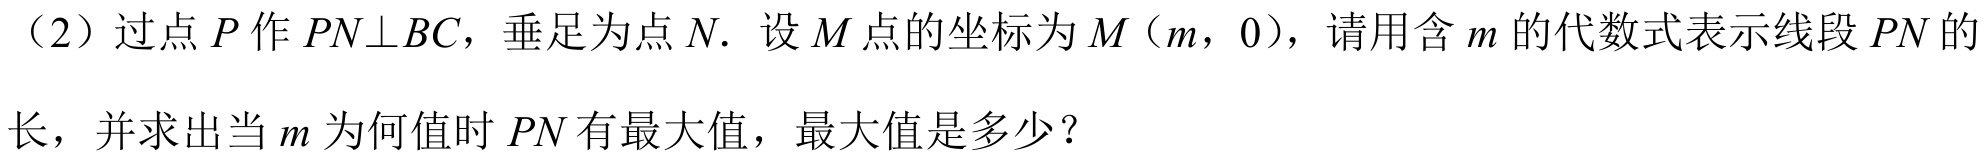
（2）过点\(P\)作\(PN\perp BC\)，垂足为点\(N\). 设\(M\)点的坐标为\(M(m,0)\)，请用含\(m\)的代数式表示线段\(PN\)的
长，并求出当\(m\)为何值时\(PN\)有最大值，最大值是多少？